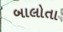
બાલોતા